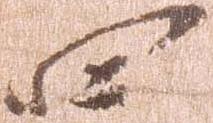
四